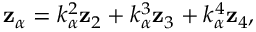
\begin{array} { r } { { \bf z } _ { \alpha } = k _ { \alpha } ^ { 2 } { \bf z } _ { 2 } + k _ { \alpha } ^ { 3 } { \bf z } _ { 3 } + k _ { \alpha } ^ { 4 } { \bf z } _ { 4 } , } \end{array}